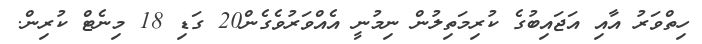
ހިތްވަރު އާއި އަޖައިބުގެ ކުރިމަތިލުން ނިމުނީ އެއްވަރުވެގެން20 ގަޑި 18 މިނެޓް ކުރިން.